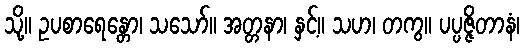
သို့။ ဥပစာရေန္တော၊ သသော်။ အတ္တနာ၊ နှင့်။ သဟ၊ တကွ။ ပပ္ပဇ္ဇိတာနံ၊